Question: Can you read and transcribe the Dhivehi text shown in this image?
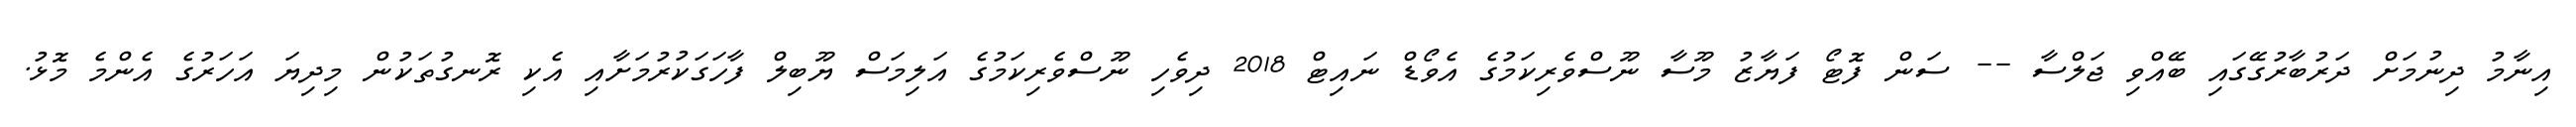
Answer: އިނާމު ދިނުމަށް ދަރުބާރުގޭގައި ބޭއްވި ޖަލްސާ -- ސަން ފޮޓޯ ފަޔާޒު މޫސާ ނޫސްވެރިކަމުގެ އެވޯޑް ނައިޓް 2018 ދިވެހި ނޫސްވެރިކަމުގެ އަލިމަސް ޔޫބިލް ފާހަގަކުރުމަށާއި އެކި ރޮނގުތަކުން މިދިޔަ އަހަރުގެ އެންމެ މޮޅު.